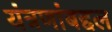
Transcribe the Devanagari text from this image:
यंत्रणांबद्दल